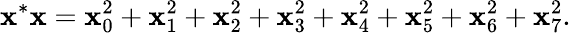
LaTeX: \mathbf{x}^{*}\mathbf{x}=\mathbf{x}_{0}^{2}+\mathbf{x}_{1}^{2}+\mathbf{x}_{2}^{2}+\mathbf{x}_{3}^{2}+\mathbf{x}_{4}^{2}+\mathbf{x}_{5}^{2}+\mathbf{x}_{6}^{2}+\mathbf{x}_{7}^{2}.